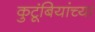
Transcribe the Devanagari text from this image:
कुटूंबियांच्या